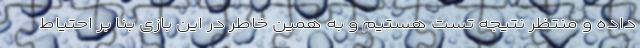
داده و منتظر نتیجه تست هستیم و به همین خاطر در این بازی بنا بر احتیاط